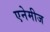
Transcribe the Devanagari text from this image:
एनेमीज